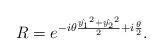
LaTeX: \begin{align*}R=e^{-i\theta\frac{\hat{y_1}^2+\hat{y_2}^2}{2}+i\frac{\theta}{2}}.\end{align*}